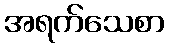
အရက်သေစာ